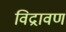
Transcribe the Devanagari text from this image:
विद्रावण